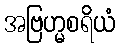
အဗြဟ္မစရိယံ